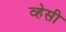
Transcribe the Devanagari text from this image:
व्हेसी